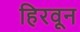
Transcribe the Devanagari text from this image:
हिरवून